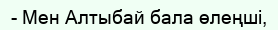
- Мен Алтыбай бала өлеңші,